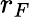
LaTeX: r_{F}